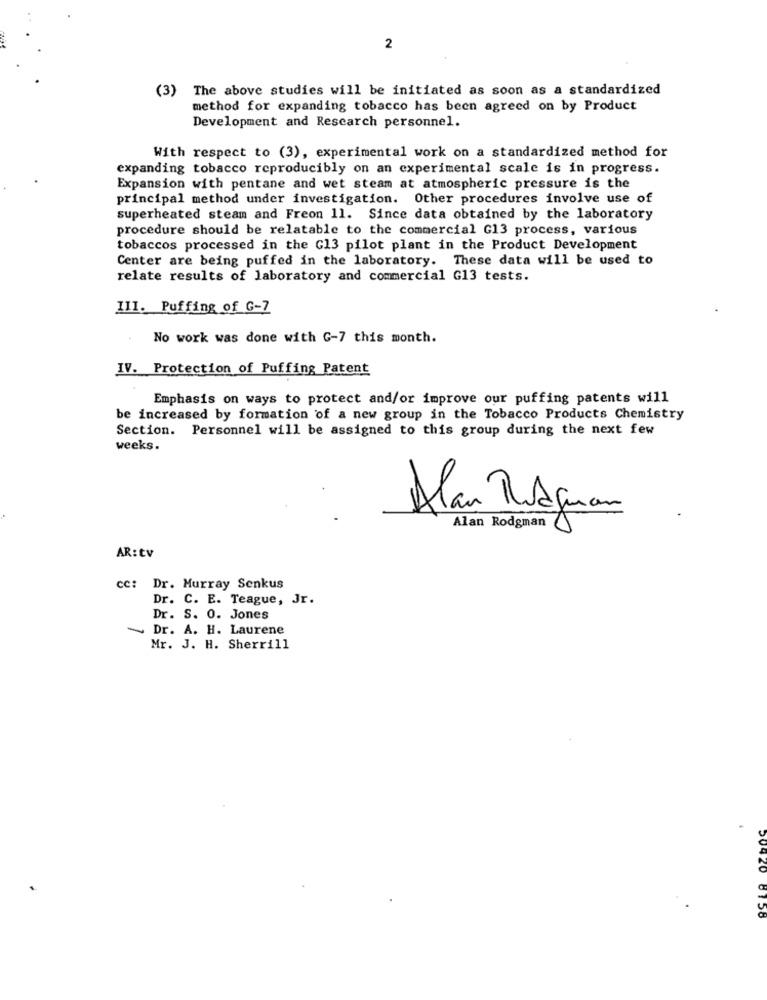
2
(3) The above studies will be initiated as soon as a standardized
method for expanding tobacco has been agreed on by Product
Development and Research personnel.
With respect to (3), experimental work on a standardized method for
expanding tobacco reproducibly on an experimental scale is in progress.
Expansion with pentane and wet steam at atmospheric pressure is the
principal method under investigation. Other procedures involve use of
superheated steam and Freon 11. Since data obtained by the laboratory
procedure should be relatable to the commercial G13 process, various
tobaccos processed in the G13 pilot plant in the Product Development
Center are being puffed in the laboratory. These data will be used to
relate results of laboratory and commercial G13 tests.
III. Puffing of G-Z
No work was done with G-7 this month.
IV. Protection of Puffing Patent
Emphasis on ways to protect and/or improve our puffing patents will
be increased by formation of a new group in the Tobacco Products Chemistry
Section. Personnel will be assigned to this group during the next few
weeks.
Alan Rodjuan
Alan Rodgman
AR: tv
cc: Dr. Murray Senkus
Dr. C. E. Teague, Jr.
Dr. S. 0. Jones
Dr. A. H. Laurene
Mr. J. H. Sherrill
6758